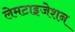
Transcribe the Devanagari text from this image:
लेमटाइजेशन